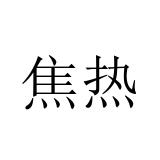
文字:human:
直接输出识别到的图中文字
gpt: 焦热